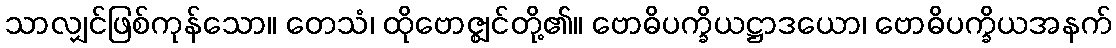
သာလျှင်ဖြစ်ကုန်သော။ တေသံ၊ ထိုဗောဇ္ဈင်တို့၏။ ဗောဓိပက္ခိယဋ္ဌာဒယော၊ ဗောဓိပက္ခိယအနက်